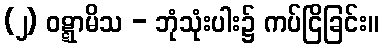
(၂) ဝဋ္ဋာမိသ - ဘုံသုံးပါး၌ ကပ်ငြိခြင်း။